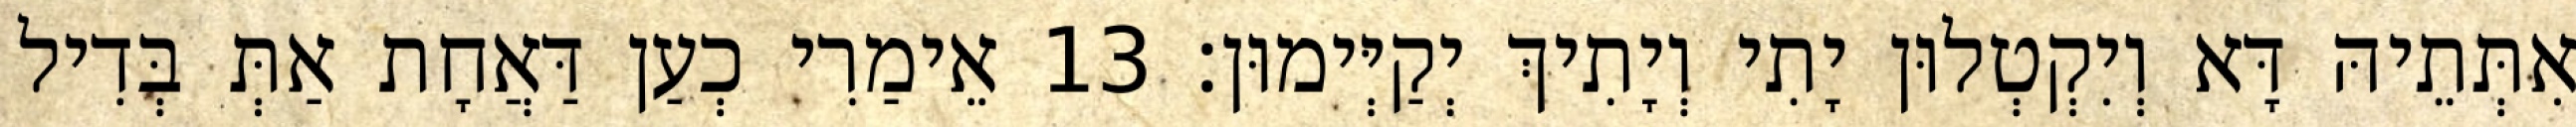
אִתְּתֵיהּ דָּא וְיִקְטְלוּן יָתִי וְיָתִיךְ יְקַיְּימוּן׃ 13 אֵימַרִי כְעַן דַּאֲחָת אַתְּ בְּדִיל